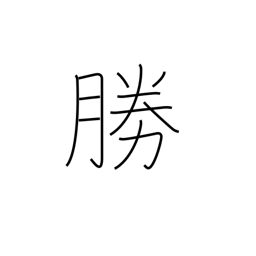
Meaning: prevail